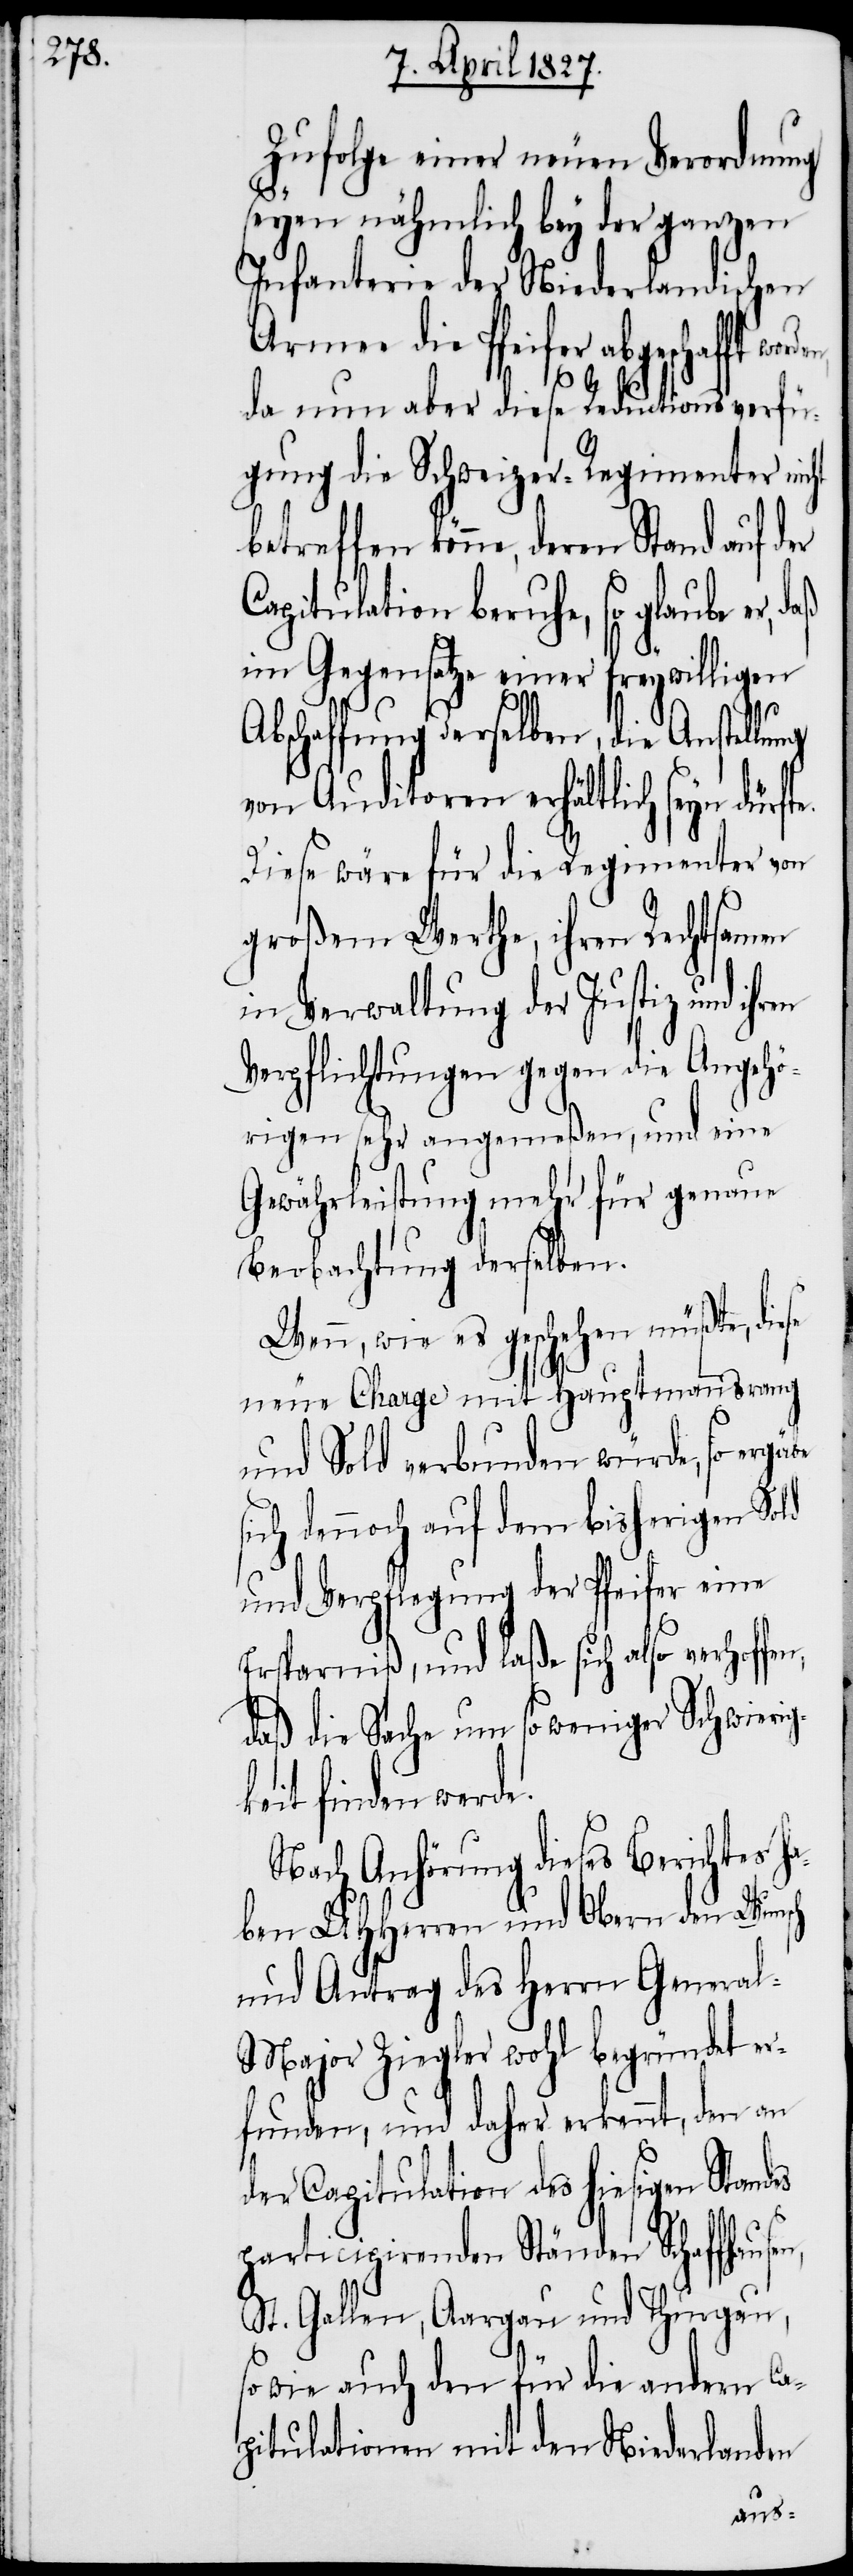
Zufolge einer neuen Verordnung
des
seyen nämlich bey der ganzen
Infanterie der Niederlandischen
Armee die Pfeifer abgeschafft
n,
da nun aber diese Reductionsverfü¬
gung die Schweizer-Regimenter nic¬
Capitulation beruhe, so glaube er,
im Gegensatze einer freywilligen
Abschaffung derselben, die Anstellung
von Auditorien erhältlich seyn dürf¬
Diese wäre für die Regimenter von
großem Werthe, ihren Rechtsamen
in Verwaltung der Justiz und
Verpflichtungen gegen die Angehö¬
rigen sehr angemeßen, und eine
Gewährleistung mehr für genaue
Beobachtung derselben.
Wenn, wie es geschehen müßte, diese
neue Charge mit Hauptmannsrang
und Sold verbunden würde, so ergäbe
ich dennoch auf dem bisherigen Sold
und Verpflegung der Pfeifer eine
Ersparniß, und laße sich also verhoffe¬
daß die Sache um so weniger Schwierig¬
ten finden werde.
Nach Anhörung dieses Berichtes ha¬
ben UHHerren und Obern den Wunsch
und Antrag des Herrn Genera¬
l-Major Ziegler wohl begründet er¬
funden, und daher erkennt, den an
der Capitulation des hiesigen Stan¬
participirenden Ständen Schaffhause¬
St. Gallen, Aargau und Thurgau,
so wie auch den für die andern Ca¬
pitulationen mit den Niederlanden